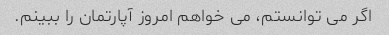
اگر می توانستم، می خواهم امروز آپارتمان را ببینم.